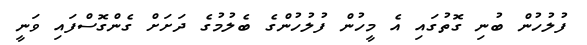
ފުލުހުން ބުނި ގޮތުގައި އެ މީހުން ފުލުހުންގެ ބެލުމުގެ ދަށަށް ގެންގޮސްފައި ވަނީ